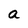
Character: a